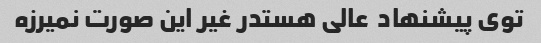
توی پیشنهاد  عالی هستدر غیر این صورت نمیرزه